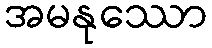
အမနုဿော